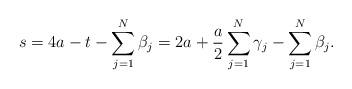
LaTeX: \begin{align*}s=4a-t-\sum_{j=1}^{N}\beta_{j}=2a+\frac{a}{2}\sum_{j=1}^{N}\gamma_{j}-\sum_{j=1}^{N}\beta_{j}.\end{align*}